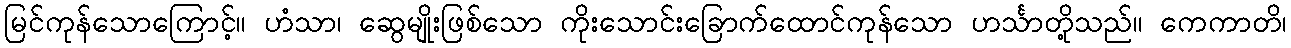
မြင်ကုန်သောကြောင့်။ ဟံသာ၊ ဆွေမျိုးဖြစ်သော ကိုးသောင်းခြောက်ထောင်ကုန်သော ဟင်္သာတို့သည်။ ကေကာတိ၊